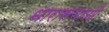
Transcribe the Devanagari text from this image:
धारासभाओं